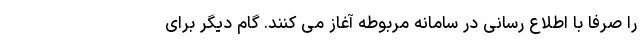
را صرفا با اطلاع رسانی در سامانه مربوطه آغاز می کنند. گام دیگر برای